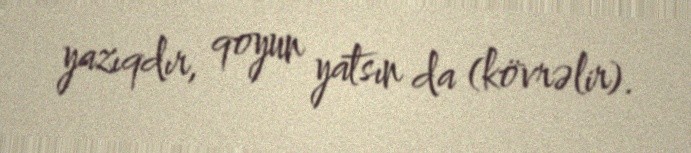
yazıqdır, qoyun yatsın da (kövrəlir).